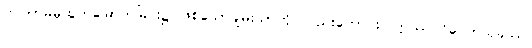
ဤကာမမှထွက်မြောက်ခြင်း၌ ဖြစ်သောချမ်းသာကို လည်းကောင်း။ ဣဿပဝိဝေကသုခဿ၊